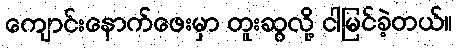
ကျောင်းနောက်ဖေးမှာ တူးဆွလို့ ငါမြင်ခဲ့တယ်။